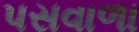
પસવાળા